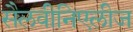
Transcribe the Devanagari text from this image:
सैलवीनिएलीज